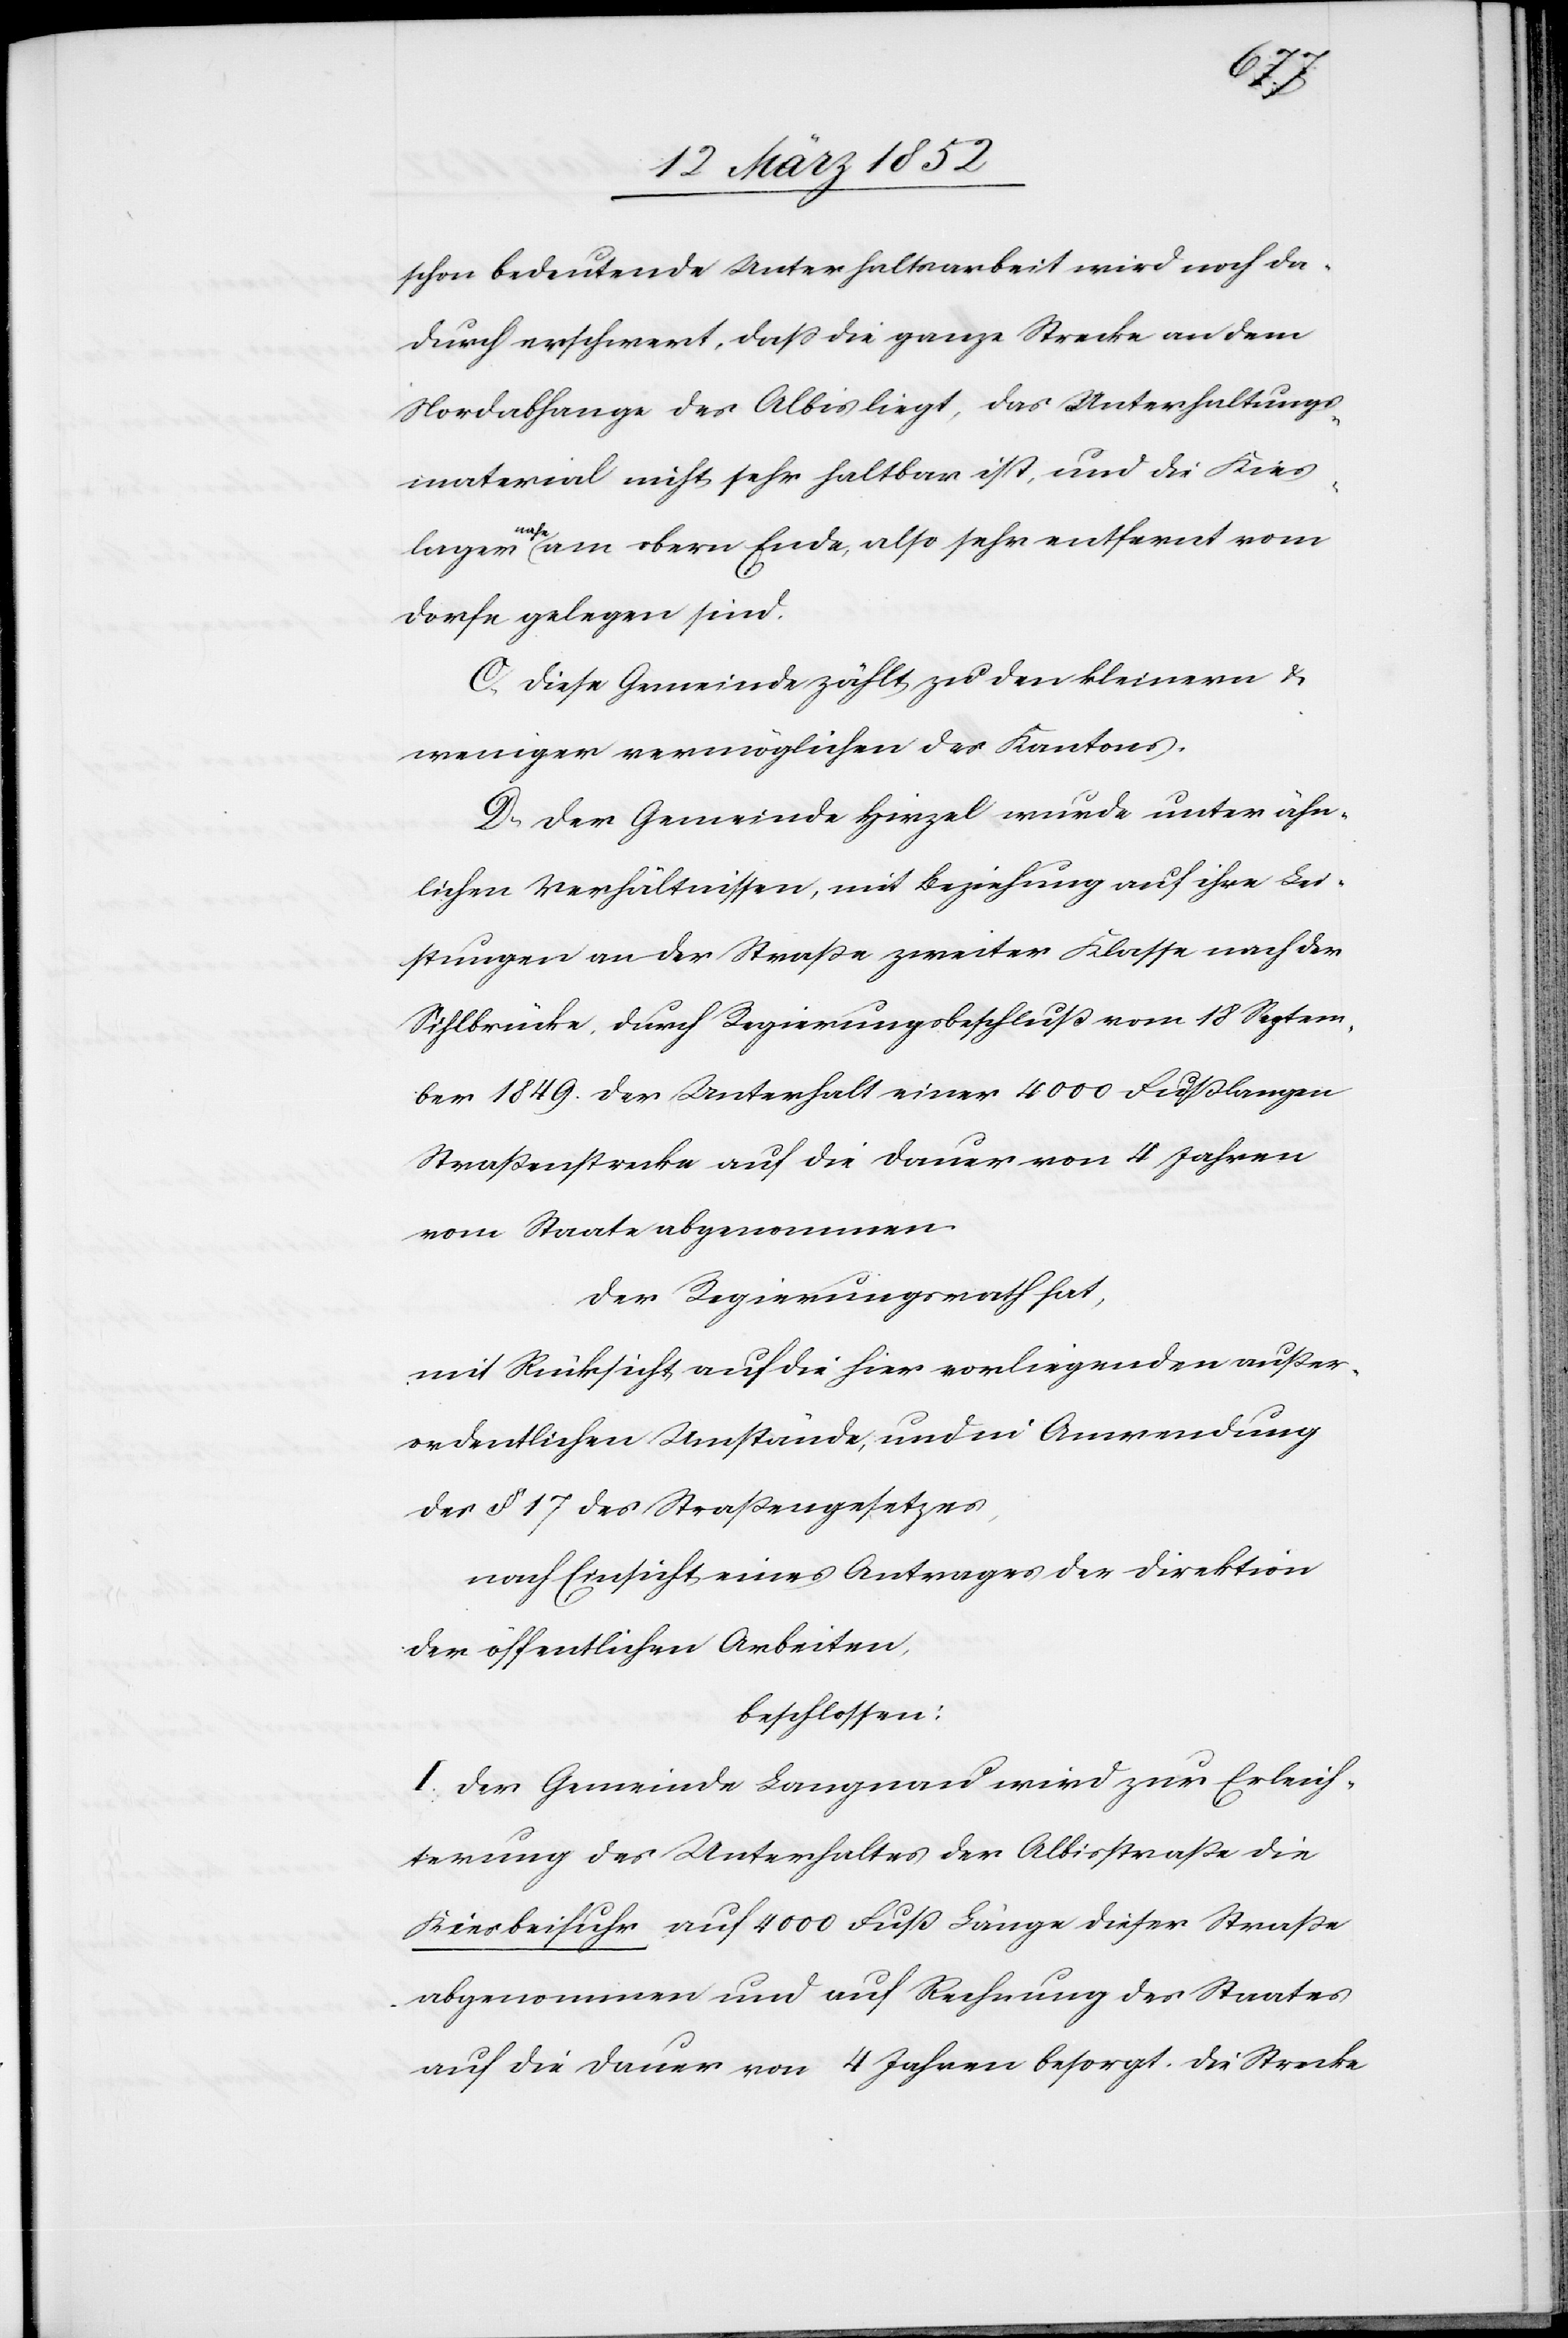
lager
schon bedeutende Unterhaltsarbeit wird noch da¬
durch erschwert, daß die ganze Strecke an dem
Nordabhange des Albis liegt, das Unterhaltungs¬
material nicht sehr haltbar ist, und die Kies¬
nahe am obern Ende, also entfernt vom
Dorfe gelegen sind.
C) Diese Gemeinde zählt zu den kleinern u.
weniger vermöglichen des Kantons.
D) Der Gemeinde Hirzel wurde unter ähn¬
lichen Verhältnissen, mit Beziehung auf ihre Lei¬
stungen an der Straße zweiter Klasse nach der
Sihlbrücke, durch Regierungsbeschluß vom 18 Septem¬
ber 1849. der Unterhalt einer 400 Fuß langen
Straßenstrecke auf die Dauer von 4 Jahren
vom Staate abgenommen.
Der Regierungsrath hat,
mit Rücksicht auf die hier vorliegenden außer¬
ordentlichen Umstände, und in Anwendung
des § 17 des Straßengesetzes,
nach Einsicht eines Antrages der Direktion
der öffentlichen Arbeiten,
beschlossen:
I. Der Gemeinde Langnau wird zur Erleich¬
terung des Unterhaltes der Albisstraße die
Kiesbeifuhr auf 4000 Fuß Länge dieser Straße
abgenommen und auf Rechnung des Staates
auf die Dauer von 4 Jahren besorgt. Die Strecke